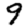
Digit: 9